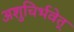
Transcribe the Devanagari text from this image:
अशुचिर्भवेत्